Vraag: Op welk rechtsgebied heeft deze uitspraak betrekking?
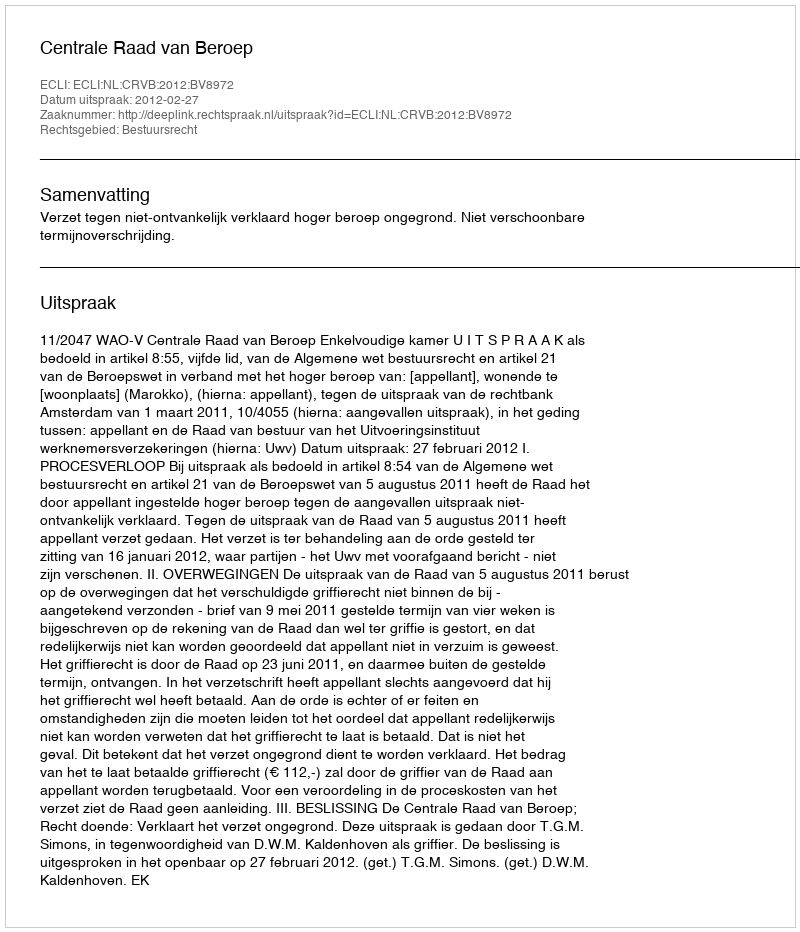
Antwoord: Bestuursrecht